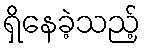
ရှိနေခဲ့သည့်